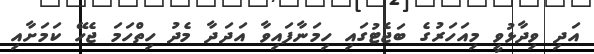
އަދި ވިދާޅުވީ މިއަހަރުގެ ބަޖެޓުގައި ހިމަނާފައިވާ އަދަދާ މެދު ހިތްހަމަ ޖެހޭ ކަމަށާއި